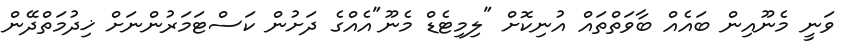
ވަނީ މެނޫއިން ބައެއް ބާވަތްތައް އުނިކޮށް "ލިމިޓެޑް މެނޫ"އެއްގެ ދަށުން ކަސްޓަމަރުންނަށް ޚިދުމަތްދޭން